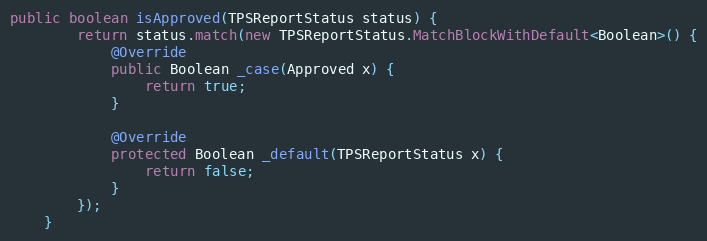
Language: Java
public boolean isApproved(TPSReportStatus status) {
        return status.match(new TPSReportStatus.MatchBlockWithDefault<Boolean>() {
            @Override
            public Boolean _case(Approved x) {
                return true;
            }

            @Override
            protected Boolean _default(TPSReportStatus x) {
                return false;
            }
        });
    }